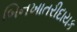
બિનખાતરીદાયક